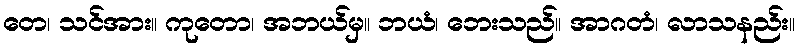
တေ၊ သင်အား။ ကုတော၊ အဘယ်မှ။ ဘယံ၊ ဘေးသည်။ အာဂတံ၊ လာသနည်း။